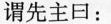
谓先主回：